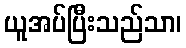
ယူအပ်ပြီးသည်သာ၊